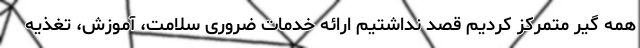
همه گیر متمرکز کردیم قصد نداشتیم ارائه خدمات ضروری سلامت، آموزش، تغذیه